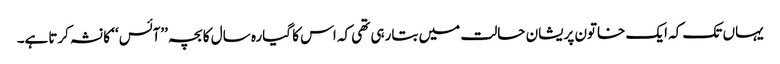
یہاں تک کہ ایک خاتون پریشان حالت میں بتارہی تھی کہ اس کا گیارہ سال کا بچہ ’’آئس ‘‘ کا نشہ کرتاہے۔